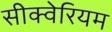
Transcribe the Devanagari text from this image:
सीक्वेरियम